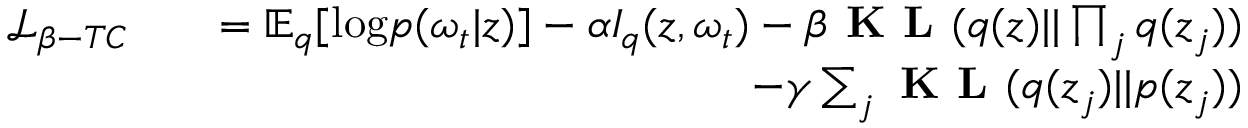
\begin{array} { r l r } { \mathcal { L } _ { \beta - T C } } & { } & { = \mathbb { E } _ { q } [ \mathrm { l o g } p ( \omega _ { t } | \boldsymbol { z } ) ] - \alpha I _ { q } ( \boldsymbol { z } , \omega _ { t } ) - \beta \textbf { K L } ( q ( \boldsymbol { z } ) | | \prod _ { j } q ( \boldsymbol { z } _ { j } ) ) } \\ & { } & { - \gamma \sum _ { j } \textbf { K L } ( q ( \boldsymbol { z } _ { j } ) | | p ( \boldsymbol { z } _ { j } ) ) } \end{array}